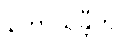
နဟာယန္တီတိ